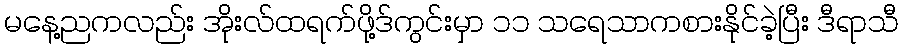
မနေ့ညကလည်း အိုးလ်ထရက်ဖို့ဒ်ကွင်းမှာ ၁၁ သရေသာကစားနိုင်ခဲ့ပြီး ဒီရာသီ